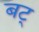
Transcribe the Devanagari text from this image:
बट्